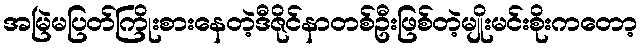
အမြဲမပြတ်ကြိုးစားနေတဲ့ဒီဇိုင်နာတစ်ဦးဖြစ်တဲ့မျိုးမင်းစိုးကတော့